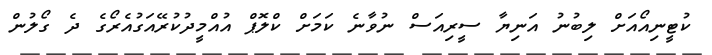
ކުޓީނިއޯއަށް ލިބުނު އަނިޔާ ސީރިއަސް ނުވާނެ ކަމަށް ކްލޮޕް އުއްމީދުކުރޭއަގުއެރޯގެ ދެ ގޯލުން